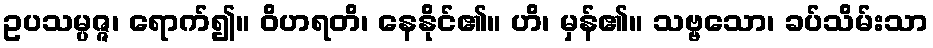
ဥပသမ္ပဇ္ဇ၊ ရောက်၍။ ဝိဟရတိ၊ နေနိုင်၏။ ဟိ၊ မှန်၏။ သဗ္ဗသော၊ ခပ်သိမ်းသာ